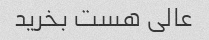
عالی هست بخرید